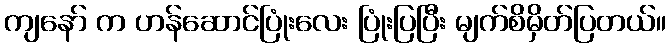
ကျနော် က ဟန်ဆောင်ပြုံးလေး ပြုံးပြပြီး မျက်စိမှိတ်ပြတယ်။